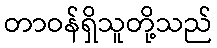
တာဝန်ရှိသူတို့သည်